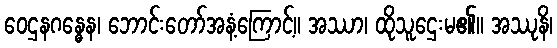
ဝေဌနဂန္ဓေန၊ ဘောင်းတော်အနံ့ကြောင့်။ အဿာ၊ ထိုသူဌေးမ၏။ အဿုနိ၊